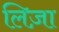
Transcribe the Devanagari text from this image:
लिज़ा